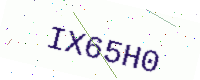
Text: IX65H0